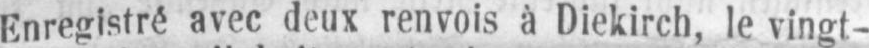
Enregistré avec deux renvois à Diekirch, le vingt-